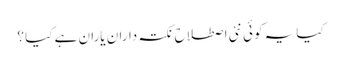
کیا یہ کوئی نئی اصطلاح ِ نکتہ داران یاران ہے کیا ؟